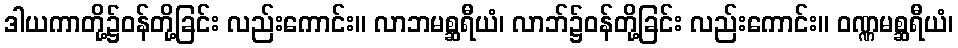
ဒါယကာတို့၌ဝန်တို့ခြင်း လည်းကောင်း။ လာဘမစ္ဆရီယံ၊ လာဘ်၌ဝန်တို့ခြင်း လည်းကောင်း။ ဝဏ္ဏမစ္ဆရီယံ၊